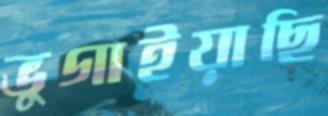
ভুগাইয়াছি